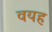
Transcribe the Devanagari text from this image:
वयह